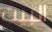
البيت